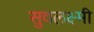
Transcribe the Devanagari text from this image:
सुवलक्ष्मी